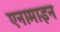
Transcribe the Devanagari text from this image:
एनामाइन